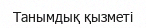
Танымдық қызметі